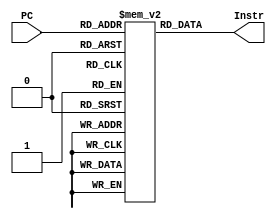
module InstrMemory(PC,Instr);
output[31:0] Instr;
input[4:0] PC;
reg [31:0] RAM[31:0];

initial
begin 
RAM[0]= 32'h20020005; 
RAM[1]= 32'h2003000c; 
RAM[2]= 32'h2067fff7; 
RAM[3]= 32'h00e22025; 
RAM[4]= 32'h00642824;
RAM[5]= 32'h00a42820;
RAM[6]= 32'h0064202a; 
RAM[7]= 32'h00e23822; 
RAM[8]= 32'h00023080;
RAM[9]= 32'hac660044;
RAM[10]= 32'h8c020050; 
RAM[11]= 32'h000200a0; 
RAM[12]= 32'h84020050; 
RAM[13]= 32'h000200a0; 
end

assign Instr = RAM[PC]; // word aligned
endmodule